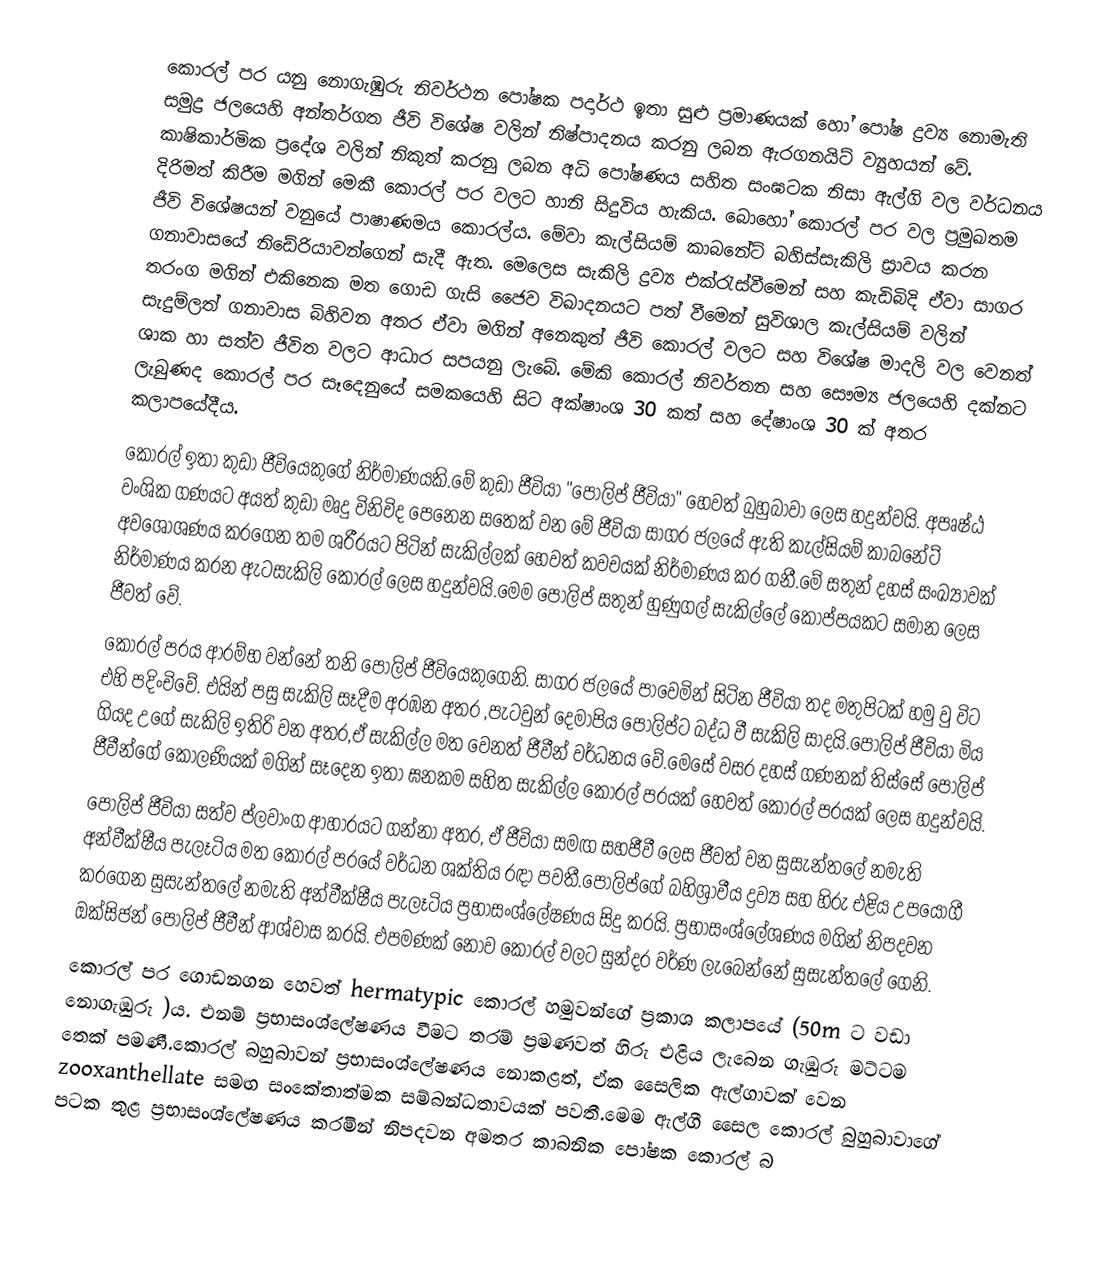
කොරල් පර යනු නොගැඹුරු නිවර්ථන පෝෂක පදාර්ථ ඉතා සුළු ප්‍රමාණයක් හෝ පෝෂ ද්‍රව්‍ය‍ නොමැති සමුද්‍ර ජලයෙහි අන්තර්ගත ජීවි විශේෂ වලින් නිෂ්පාදනය කරනු ලබන ඇරගනයිට් ව්‍යුහයන් වේ.  කාෂිකාර්මික ප්‍රදේශ වලින් නිකුත් කරනු ලබන අධි පෝෂණය සහිත සංඝටක නිසා ඇල්ගි වල වර්ධනය දිරිමත් කිරීම මගින් මෙකී කොරල් පර වලට හානි සිදුවිය හැකිය. බොහෝ කොරල් පර වල ප්‍රමුඛතම ජීවි විශේෂයන් වනුයේ පාෂාණමය කොරල්ය. මේවා කැල්සියම් කාබනේට් බහිස්සැකිලි ස්‍රාවය කරන ගනාවාසයේ නිඩේරියාවන්ගෙන් සැදී ඇත. මෙලෙස සැකිලි ද්‍රව්‍ය එක්රැස්වීමෙන් සහ කැඩිබිදි ඒවා සාගර තරංග මගින් එකිනෙක මත ගොඩ ගැසි ජෛව විඛාදනයට පත් වීමෙන් සුවිශාල කැල්සියම් වලින් සැදුම්ලත් ගනාවාස බිහිවන අතර ඒවා මගින් අනෙකුත් ජීවි කොරල් වලට සහ විශේෂ මාදලි වල වෙනත් ශාක හා සත්ව ජීවිත වලට ආධාර සපයනු ලැබේ. මේකි කොරල් නිවර්තන සහ සෞම්‍ය ජලයෙහි දක්නට ලැබුණද කොරල් පර සෑදෙනුයේ සමකයෙහි සිට අක්ෂාංශ 30 කත් සහ දේෂාංශ 30 ක් අතර කලාපයේදීය.
කොරල් ඉතා කුඩා ජීවියෙකුගේ නිර්මාණයකි.මේ කුඩා ජීවියා "පොලිප් ජීවියා" හෙවත් බුහුබාවා ලෙස හදුන්වයි. අපෘෂ්ඨ වංශික ගණයට අයත් කුඩා මෘදු විනිවිද පෙනෙන සතෙක් වන මේ ජීවියා සාගර ජලයේ ඇති කැල්සියම් කාබනේට් අවශෝශණය කරගෙන තම ශරීරයට පිටින් සැකිල්ලක් හෙවත් කවචයක් නිර්මාණය කර ගනී.මේ සතුන් දහස් සංඛ්‍යාවක් නිර්මාණය කරන ඇටසැකිලි කොරල් ලෙස හදුන්වයි.මෙම පොලිප් සතුන් හුණුගල් සැකිල්ලේ කෝප්පයකට සමාන ලෙස ජීවත් වේ.
කොරල් පරය ආරම්භ වන්නේ තනි පොලිප් ජීවියෙකුගෙනි. සාගර ජලයේ පාවෙමින් සිටින ජීවියා තද මතුපිටක් හමු වු විට එහි පදිංචිවේ. එයින් පසු සැකිලි සෑදීම අරඹන අතර ,පැටවුන් දෙමාපිය පොලිප්ට බද්ධ වී සැකිලි සාදයි.පොලිප් ජීවියා මිය ගියද උගේ සැකිලි ඉතිරි වන අතර,ඒ සැකිල්ල මත වෙනත් ජීවීන් වර්ධනය වේ.මෙසේ වසර දහස් ගණනක් තිස්සේ පොලිප් ජීවීන්ගේ කොලණියක් මගින් සෑදෙන ඉතා ඝනකම සහිත සැකිල්ල කොරල් පරයක් හෙවත් කොරල් පරයක් ලෙස හදුන්වයි.
පොලිප් ජීවියා සත්ව ප්ලවාංග ආහාරයට ගන්නා අතර, ඒ ජීවියා සමඟ සහජීවී ලෙස ජීවත් වන සුසැන්තලේ නමැති අන්වීක්ෂීය පැලෑටිය මත කොරල් පරයේ වර්ධන ශක්තිය රඳා පවතී.පොලිප්ගේ බහිශ්‍රාවීය ද්‍රව්‍ය සහ හිරු එළිය උපයෝගී කරගෙන සුසැන්තලේ නමැති අන්වීක්ෂීය පැලෑටිය ප්‍රභාසංශ්ලේෂණය සිදු කරයි. ප්‍රභාසංශ්ලේශණය මගින් නිපදවන ඔක්සිජන් පොලිප් ජීවීන් ආශ්වාස කරයි. එපමණක් නොව කොරල් වලට සුන්දර වර්ණ ලැබෙන්නේ සුසැන්තලේ ගෙනි.
කොරල් පර ගොඩනගන හෙවත් hermatypic කොරල් හමුවන්ගේ ප්‍රකාශ කලාපයේ (50m ට වඩා නොගැඹුරු )ය. එනම් ප්‍රභාසංශ්ලේෂණය වීමට තරම් ප්‍රමණවත් හිරු එළිය ලැබෙන ගැඹුරු මට්ටම තෙක් පමණී.කොරල් බහුබාවන් ප්‍රභාසංශ්ලේෂණය නොකළත්, ඒක සෛලික ඇල්ගාවක් වෙන zooxanthellate සමඟ සංකේතාත්මක සම්බන්ධතාවයක් පවතී.මෙම ඇල්ගී සෛල කොරල් බුහුබාවාගේ පටක තුළ ප්‍රභාසංශ්ලේෂණය කරමින් නිපදවන අමතර කාබනික පෝෂක කොරල් බ